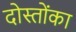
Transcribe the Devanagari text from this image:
दोस्तोंका